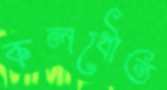
কলধৌত